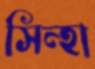
সিন্হা